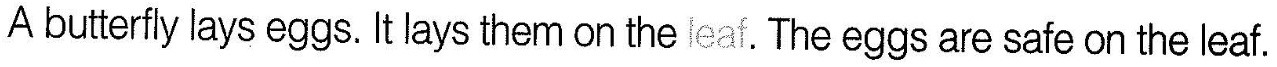
A butterfly lays eggs.It lays them on the leaf. The eggs are safe on the leaf.